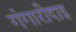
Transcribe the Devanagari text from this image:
गंगारीदाइ